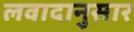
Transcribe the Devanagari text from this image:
लवादानुसार